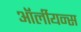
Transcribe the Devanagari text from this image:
ऑर्लीयन्स